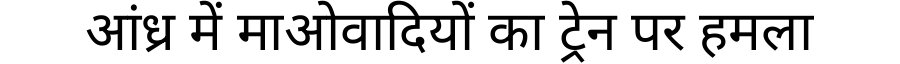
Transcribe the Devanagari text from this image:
आंध्र में माओवादियों का ट्रेन पर हमला